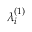
\lambda _ { i } ^ { ( 1 ) }